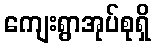
ကျေးရွာအုပ်စုရှိ